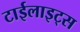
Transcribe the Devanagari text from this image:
टाईलाइट्स